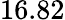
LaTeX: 16.82